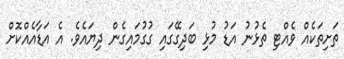
ތަށިތަކެއް ވެއްޓި ތެޅުނު އަޑު މުޅި ބަދިގޭގައި ގުގުމައިގެން ދިޔައެވެ. އެ އަޑާއެއްކޮށް